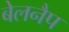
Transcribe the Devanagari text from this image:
बेलनैप